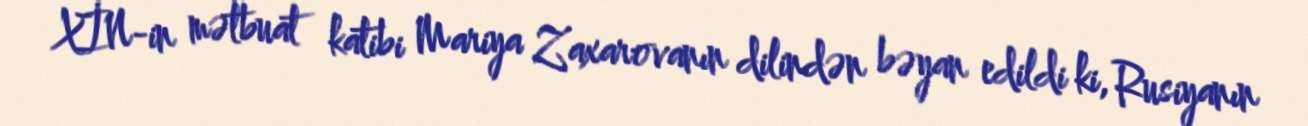
XİN-in mətbuat katibi Mariya Zaxarovanın dilindən bəyan edildi ki, Rusiyanın